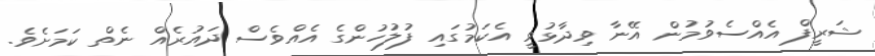
ޝަރީފް އެއްސެވުމުން އޭނާ ވިދާޅުވީ އެކަމުގައި ފުލުހުންގެ އެއްވެސް ދައުރެއް ނެތް ކަމަށެވެ.